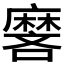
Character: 𬹏